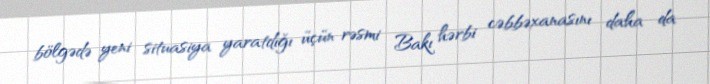
bölgədə yeni situasiya yaratdığı üçün rəsmi Bakı hərbi cəbbəxanasını daha da